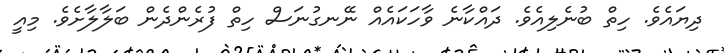
ދިޔައެވެ. ހިތް ބުނެލިއެވެ. ދައްކާނެ ވާހަކައެއް ނޭނގުނަސް ހިތް ފުރެންދެން ބަލާލާށެވެ. މިއީ